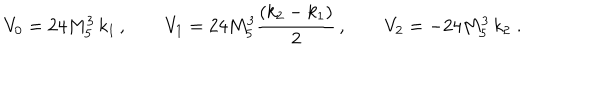
LaTeX: V _ { 0 } = 2 4 M _ { 5 } ^ { 3 } \, k _ { 1 } \, , \qquad V _ { 1 } = 2 4 M _ { 5 } ^ { 3 } \frac { ( k _ { 2 } - k _ { 1 } ) } { 2 } \, , \qquad V _ { 2 } = - 2 4 M _ { 5 } ^ { 3 } \, k _ { 2 } \; .